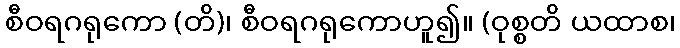
စီဝရဂရုကော (တိ)၊ စီဝရဂရုကောဟူ၍။ (ဝုစ္စတိ ယထာစ၊